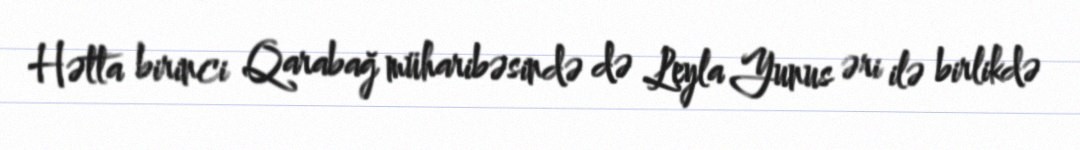
Hətta birinci Qarabağ müharibəsində də Leyla Yunus əri ilə birlikdə